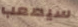
سيصعب